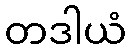
တဒါယံ